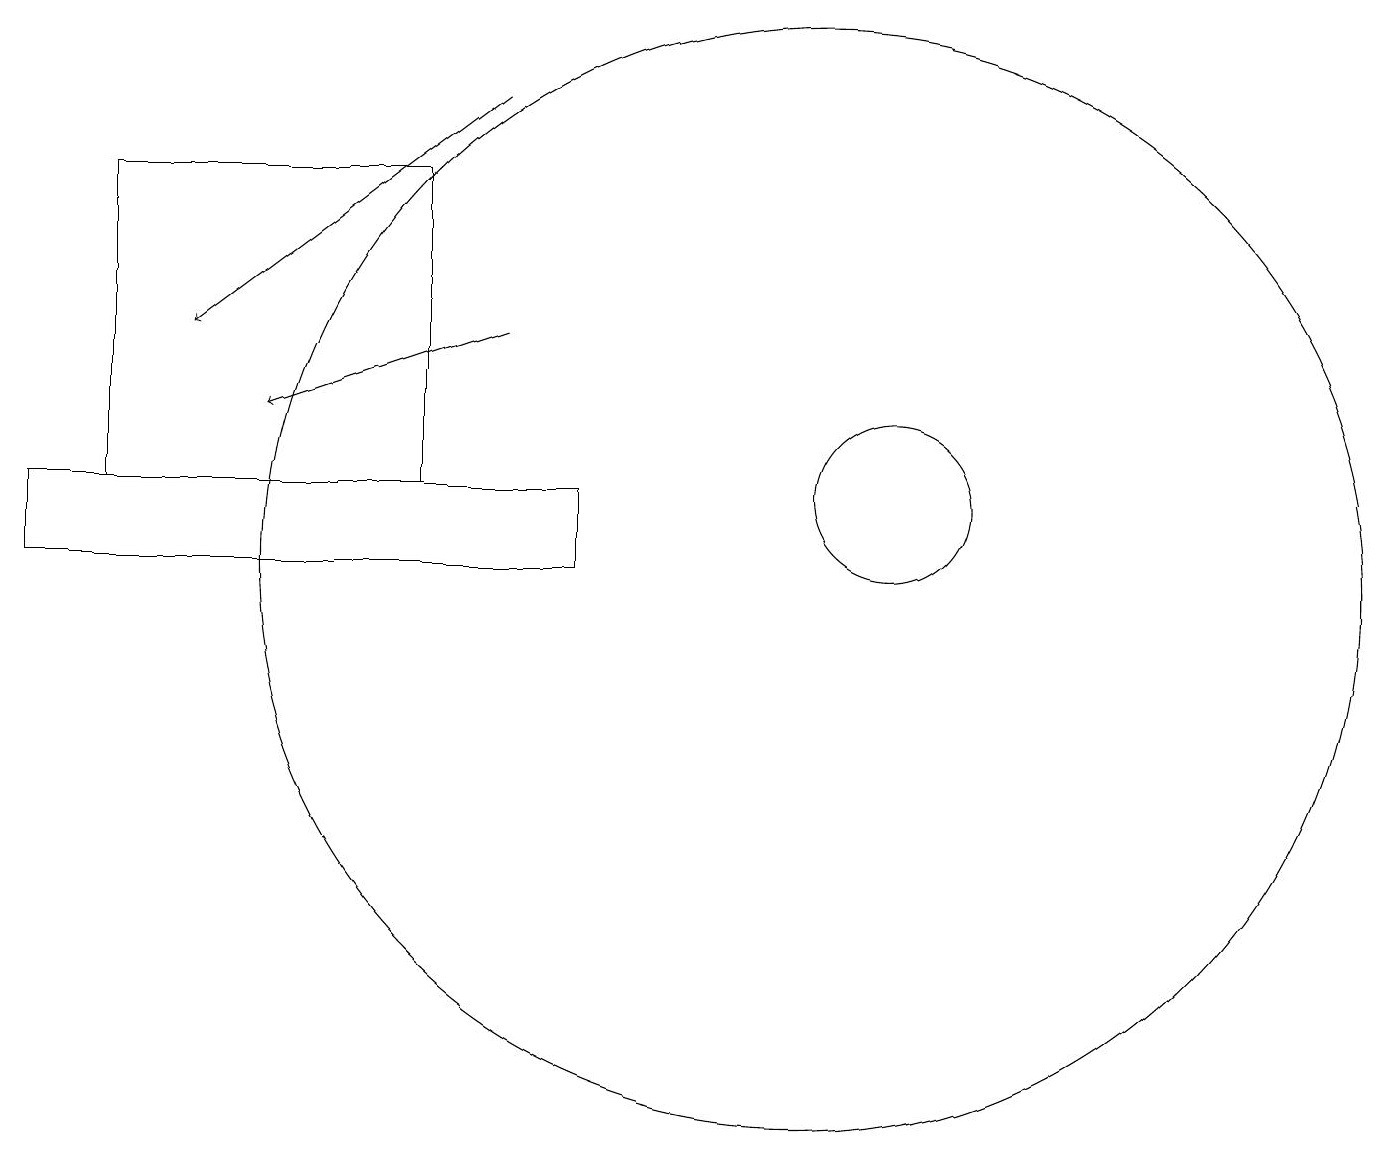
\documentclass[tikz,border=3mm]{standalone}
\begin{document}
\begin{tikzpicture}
\draw[->] (6,16) -- (2,13);
\draw (11,11) circle (1);
\draw (0,10) rectangle (7,11);
\draw (5,15) rectangle (1,11);
\draw (10,10) circle (7);
\draw[->] (6,13) -- (3,12);
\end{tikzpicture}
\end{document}